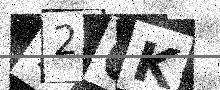
Text: 720K